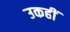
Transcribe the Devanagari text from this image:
उकहीं